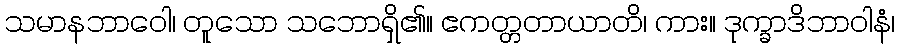
သမာနဘာဝေါ၊ တူသော သဘောရှိ၏။ ဧကတ္တတာယာတိ၊ ကား။ ဒုက္ခာဒိဘာဝါနံ၊